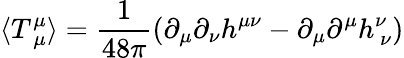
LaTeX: \langle T_{\ \mu}^{\mu}\rangle=\frac{1}{48\pi}\left(\partial_{\mu}\partial_{\nu}h^{\mu\nu}-\partial_{\mu}\partial^{\mu}h_{\ \nu}^{\nu}\right)